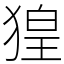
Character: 𤟡